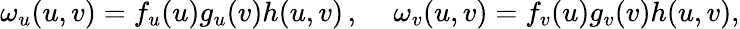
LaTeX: \omega_{u}(u,v)=f_{u}(u)g_{u}(v)h(u,v)\, ,\quad\, \omega_{v}(u,v)=f_{v}(u)g_{v}(v)h(u,v),